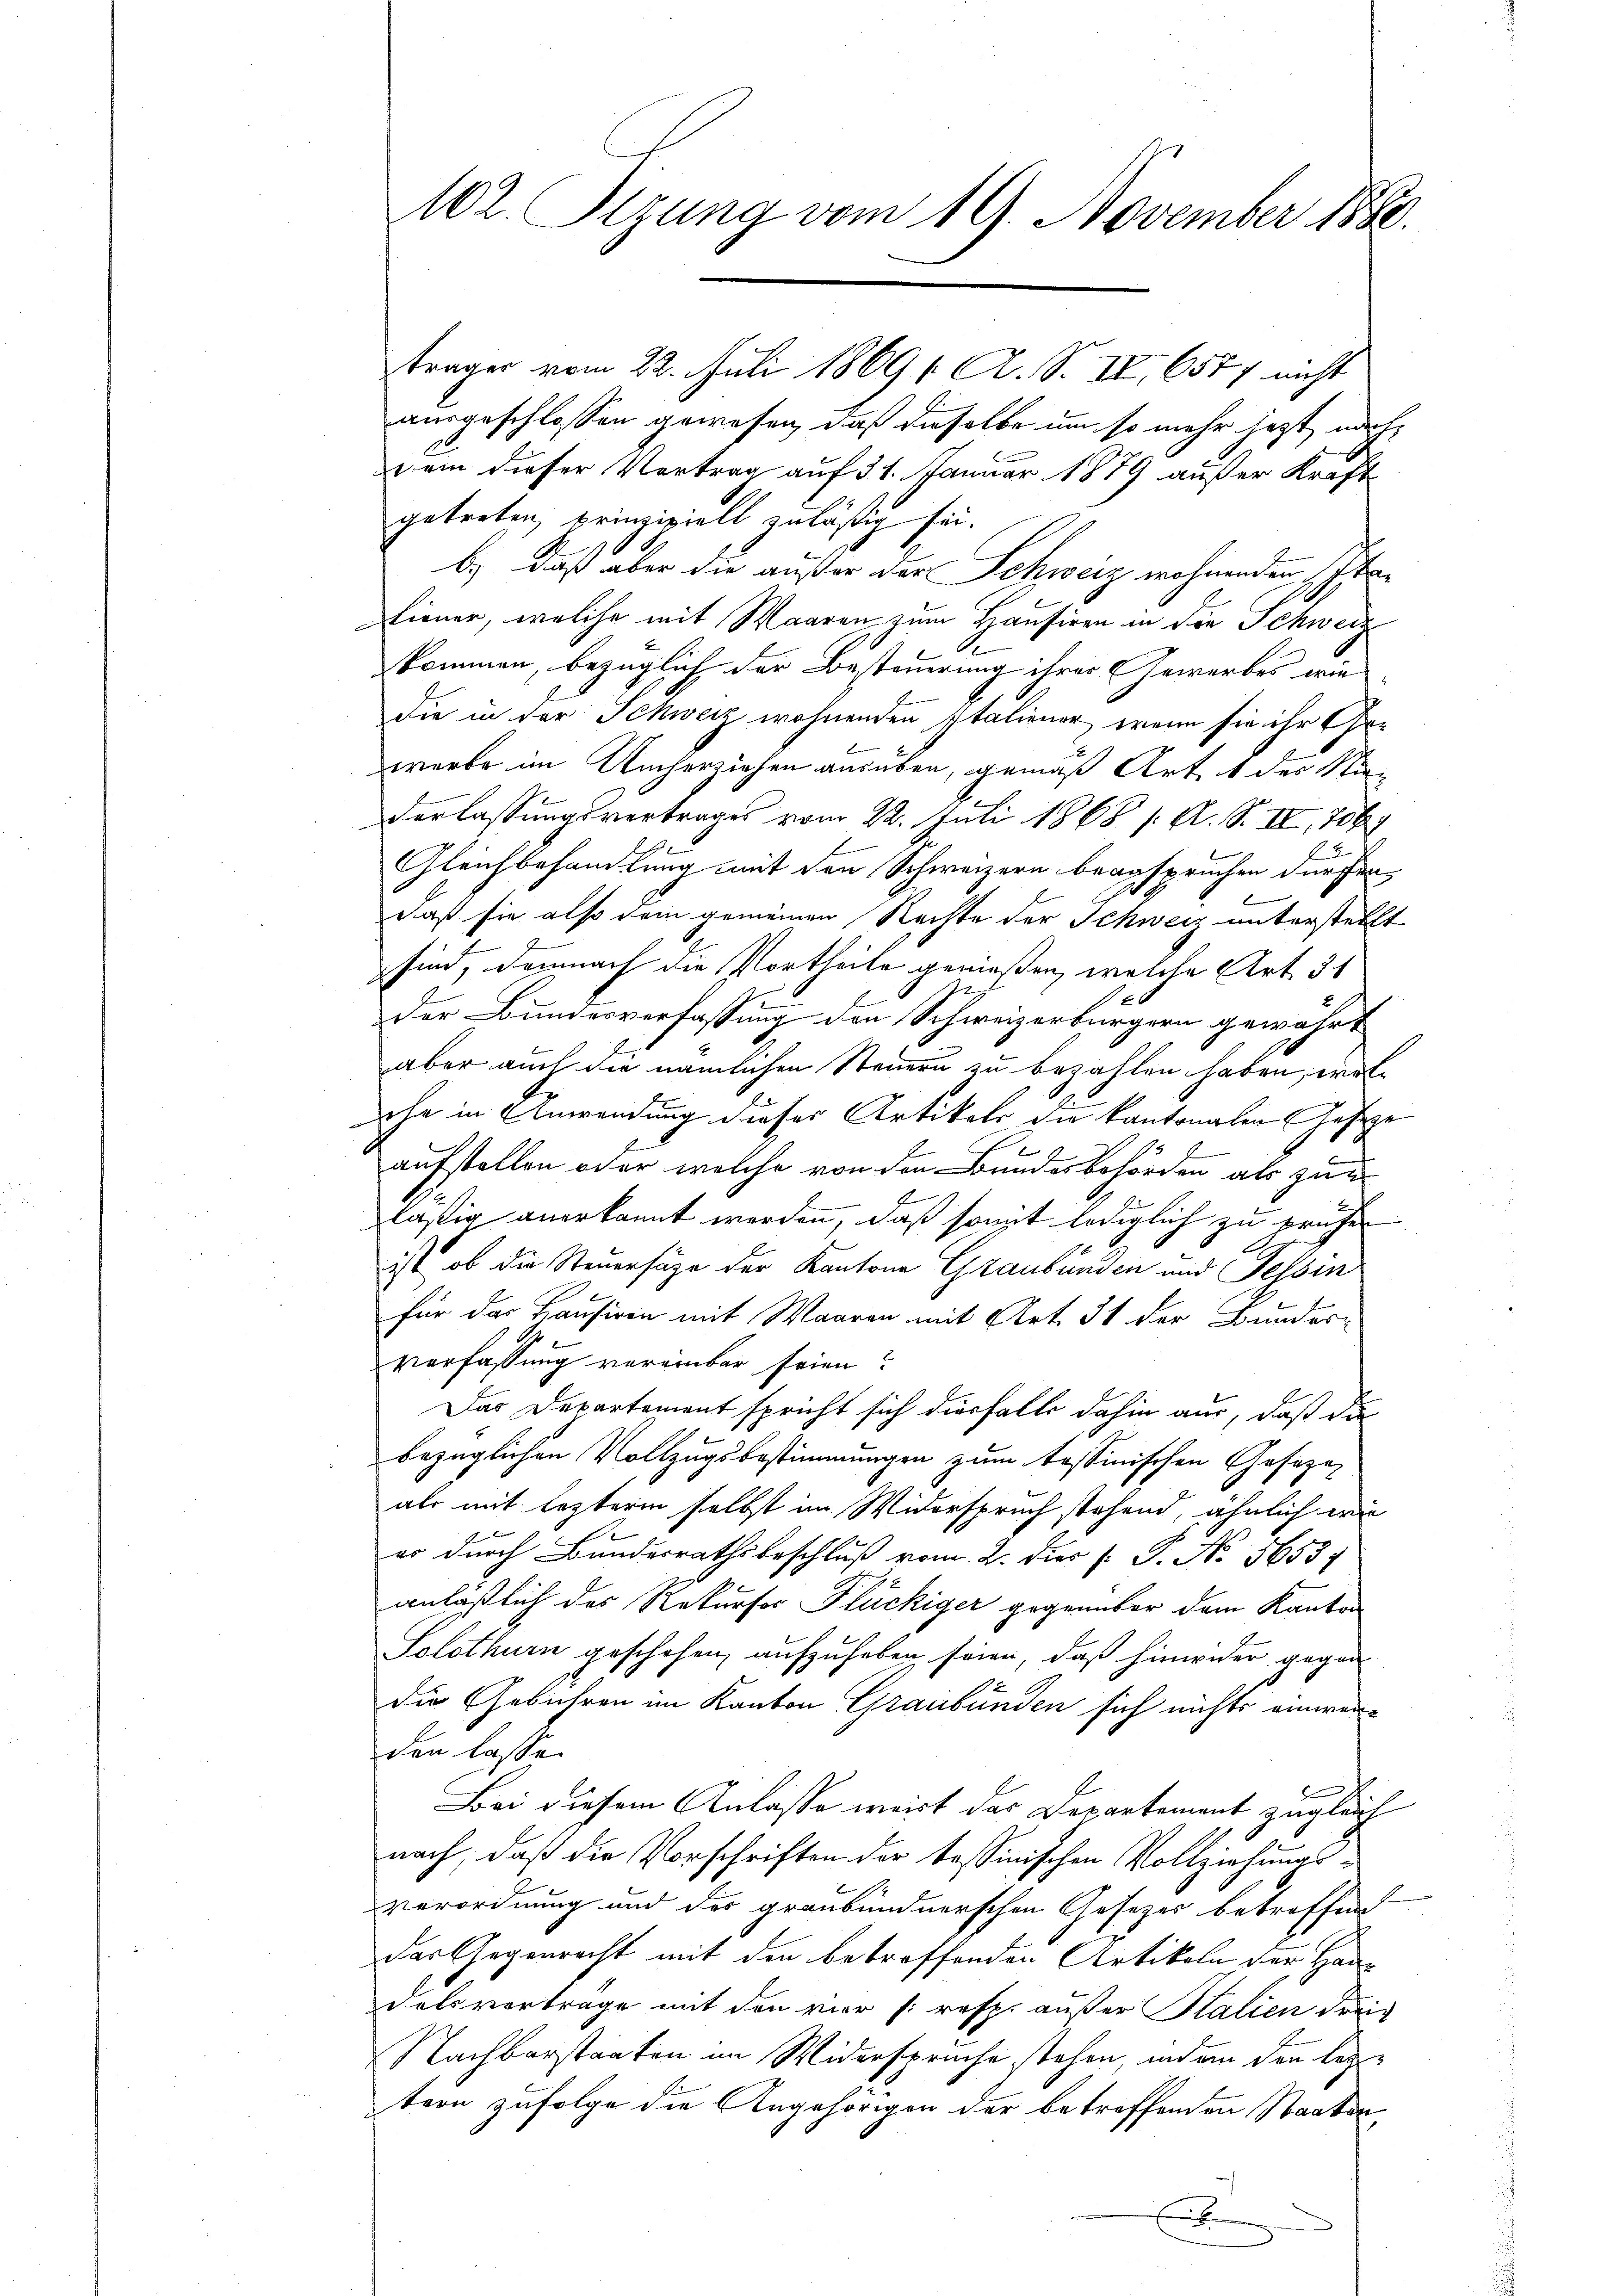
102. Sizung vom 19. November 1880.

ausgeschlossen gewesen, daß dieselbe um so mehr jezt nachdem dieser Vortrag auf 31. Januar 1879 außer Kraft
getreten, prinzipiell zuläßig sei.
b.) daß aber die außer der Schweiz wohnenden Itaiener, welche mit Waaren zum Hausiren in die Schweiz
kommen, bezüglich der Besteuerung ihrer Gewerbes wie
die in der Schweiz wohnenden Italiener, wenn sie ihr Gewerbe im Umherziehen ausüben, gemäß Art. 1 der Nie
derlassungsvertrages vom 22. Juli 1868 / A. S. II, 706
Gleichbehandlung mit den Schweizern beanspruchen durchen
daß sie also dein gemeinen Rechte der Schweiz unterstellt
sind, demnach die Vortheile genießen, welche Art. 31
der Bundesverfassung den Schweizerbürgern gewährt
aber auch die nämlichen Steuern zu bezahlen haben, wolehe in Anwendung dieser Artikels die kantonalen Geseze
aufstellen oder welche von den Bundesbehörden als zur
x
läßig anerkannt werden, daß somit lediglich zu beruhen
ist, ob die Steuersage der Kantone Graubünden und Tessin
für das Hausiren mit Waaren mit Art. 31 der Bundesverfassung vereinbar seien?
Das Departement spricht sich diesfalls dahin aus, daß da
bezüglichen Vollzugsbestimmungen zum tessinischen Gesezeals mit lezterm selbst im Widerspruch stehend, ähnlich erin
es durch Bundesrathsbeschluß vom 2. Dies P. No. 5653
anläßlich des Rekursor Flückiger gegenüber dem Kanton
Solothurn geschehen, aufzuheben seien, daß hinwider gegen
die Gebühren im Kanton Graubünden sich nichts einweiden lasse.
Bei diesem Anlasse weit das Departement zugleich
nach, daß die Vorschriften der tessinischen Vollziehungsverordnung und der graubündnerschen Gesetzes betroffend
Das Gegenrecht mit den betreffenden Artikeln der Haudelsvertrage mit den vier [resp. außer Stalien drei
Nachbarstanten im Widersprüche stehen, und an den legen
tern zufolge die Angehörigen der betreffenden Staaten
.

träger vom 22. Juli 1869 1. A. S. IV 6577 nicht